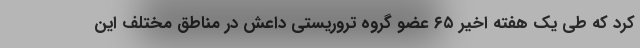
کرد که طی یک هفته اخیر ۶۵ عضو گروه تروریستی داعش در مناطق مختلف این